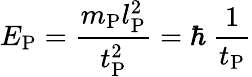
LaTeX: E_{\mathrm{P}}={\frac{m_{\mathrm{P}}l_{\mathrm{P}}^{2}}{t_{\mathrm{P}}^{2}}}=\hbar\ {\frac{1}{t_{\mathrm{P}}}}